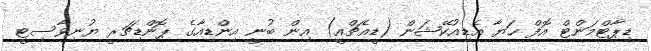
ޑިޕާޓްމަންޓް އޮފް ހަޔާ އެޑިއުކޭޝަން (ޑީއެޗްއީ) އިން ބުނީ އިންޑިއާގެ ޕޮންޑިޗަރީ ޔުނިވާސިޓީ